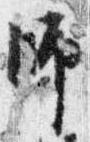
師